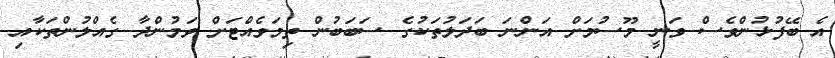
އެ ބޭފުޅުންވެސް ވަނީ މޫސުމަށް އަންނަ ބަދަލުތަކުގެ ސަބަބުން ތިމަވެއްޓަށް ވަމުންދާ ގެއްލުންތަކާއި